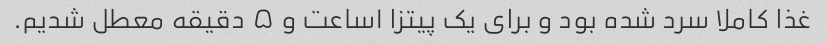
غذا کاملا سرد شده بود و برای یک پیتزا ۱ساعت و ۵ دقیقه معطل شدیم.